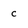
Character: c